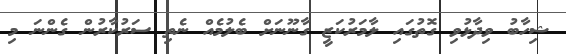
ޝިހާބު ވިދާޅުވި ގޮތުގައި ލާމަރުކަޒީ ގާނޫނަށް ބެލުމެއް ނެތި ސަރުކާރުން ގެންނަ މި